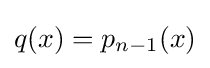
q(x)=p_{n-1}(x)